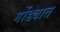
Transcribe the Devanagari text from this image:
गोंड्यात